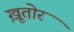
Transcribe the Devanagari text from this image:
ख़ूतोर